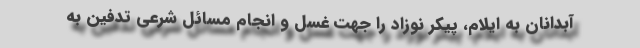
آبدانان به ایلام، پیکر نوزاد را جهت غسل و انجام مسائل شرعی تدفین به